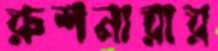
রুশনারার